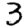
Digit: 3